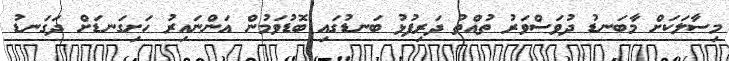
މިސާލަކަށް މާބަނޑު ދުވަސްވަރު ތުއްތު ދަރިފުޅު ބަނޑުގައި ބޮޑުވަމުން އަންނައިރު ހަށިގަނޑަށް ދަގަނޑު